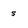
Character: s